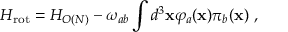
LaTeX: H _ { \mathrm { r o t } } = H _ { O ( N ) } - \omega _ { a b } \int d ^ { 3 } { \bf x } \varphi _ { a } ( { \bf x } ) \pi _ { b } ( { \bf x } ) \ ,